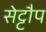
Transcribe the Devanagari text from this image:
सेट्टौप